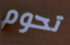
تحوم